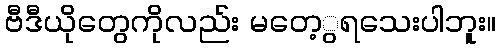
ဗီဒီယိုတွေကိုလည်း မတေ့ွရသေးပါဘူး။